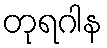
တုရဂါန